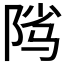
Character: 𱀑